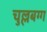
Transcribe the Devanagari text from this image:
चुल्लबग्ग